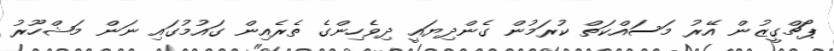
ޕޯޗްގީޒުން އޭރު މަސައްކަތް ކުރަމުން ގެންދިޔައީ ދިވެހިންގެ ތެރެއިން ގައުމުގައި ނަން މަޝްހޫރު